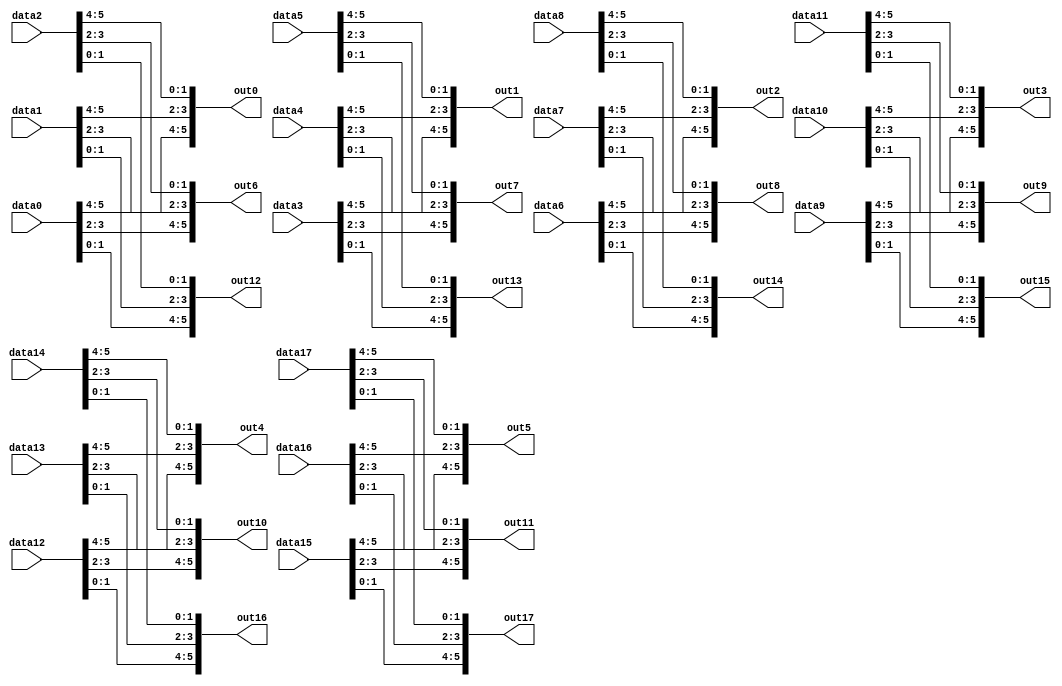
module transposer (
    input [5:0] data0,
    input [5:0] data1,
    input [5:0] data2,
    input [5:0] data3,
    input [5:0] data4,
    input [5:0] data5,
    input [5:0] data6,
    input [5:0] data7,
    input [5:0] data8,
    input [5:0] data9,
    input [5:0] data10,
    input [5:0] data11,
    input [5:0] data12,
    input [5:0] data13,
    input [5:0] data14,
    input [5:0] data15,
    input [5:0] data16,
    input [5:0] data17,
    output reg [5:0] out0,
    output reg [5:0] out1,
    output reg [5:0] out2,
    output reg [5:0] out3,
    output reg [5:0] out4,
    output reg [5:0] out5,
    output reg [5:0] out6,
    output reg [5:0] out7,
    output reg [5:0] out8,
    output reg [5:0] out9,
    output reg [5:0] out10,
    output reg [5:0] out11,
    output reg [5:0] out12,
    output reg [5:0] out13,
    output reg [5:0] out14,
    output reg [5:0] out15,
    output reg [5:0] out16,
    output reg [5:0] out17
);

//rewire columns to rows

always @(*) begin
    out0 <= {data0[5:4], data1[5:4], data2[5:4]};
    out1 <= {data3[5:4], data4[5:4], data5[5:4]};
    out2 <= {data6[5:4], data7[5:4], data8[5:4]};
    out3 <= {data9[5:4], data10[5:4], data11[5:4]};
    out4 <= {data12[5:4], data13[5:4], data14[5:4]};
    out5 <= {data15[5:4], data16[5:4], data17[5:4]};

    out6 <= {data0[3:2], data1[3:2], data2[3:2]};
    out7 <= {data3[3:2], data4[3:2], data5[3:2]};
    out8 <= {data6[3:2], data7[3:2], data8[3:2]};
    out9 <= {data9[3:2], data10[3:2], data11[3:2]};
    out10<= {data12[3:2], data13[3:2], data14[3:2]};
    out11<= {data15[3:2], data16[3:2], data17[3:2]};

    out12 <= {data0[1:0], data1[1:0], data2[1:0]};
    out13 <= {data3[1:0], data4[1:0], data5[1:0]};
    out14 <= {data6[1:0], data7[1:0], data8[1:0]};
    out15 <= {data9[1:0], data10[1:0], data11[1:0]};
    out16<= {data12[1:0], data13[1:0], data14[1:0]};
    out17<= {data15[1:0], data16[1:0], data17[1:0]};
end

endmodule